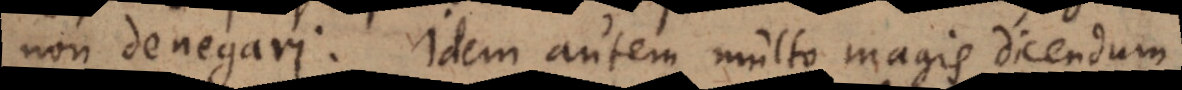
non denegari. Idem autem multo magis dicendum